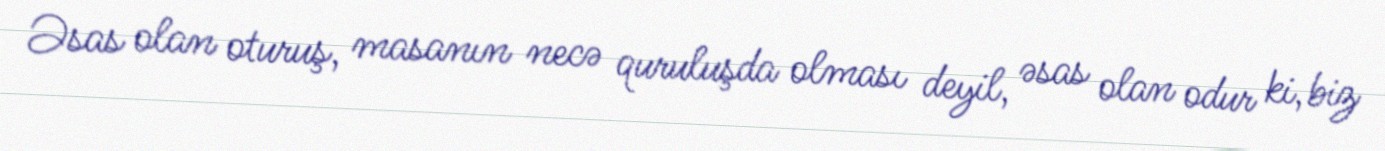
Əsas olan oturuş, masanın necə quruluşda olması deyil, əsas olan odur ki, biz